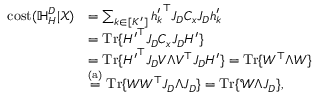
\begin{array} { r l } { \mathrm { c o s t } ( \mathbb { H } _ { H } ^ { D } | \mathcal { X } ) } & { = \sum _ { k \in [ K ^ { \prime } ] } { h _ { k } ^ { \prime } } ^ { \top } J _ { D } C _ { x } J _ { D } h _ { k } ^ { \prime } } \\ & { = \mathrm { T r } \{ { H ^ { \prime } } ^ { \top } J _ { D } C _ { x } J _ { D } H ^ { \prime } \} } \\ & { = \mathrm { T r } \{ { H ^ { \prime } } ^ { \top } J _ { D } V \Lambda V ^ { \top } J _ { D } H ^ { \prime } \} = \mathrm { T r } \{ W ^ { \top } \Lambda W \} } \\ & { \stackrel { ( \mathrm { a } ) } { = } \mathrm { T r } \{ W W ^ { \top } J _ { D } \Lambda J _ { D } \} = \mathrm { T r } \{ \mathcal { W } \Lambda J _ { D } \} , } \end{array}